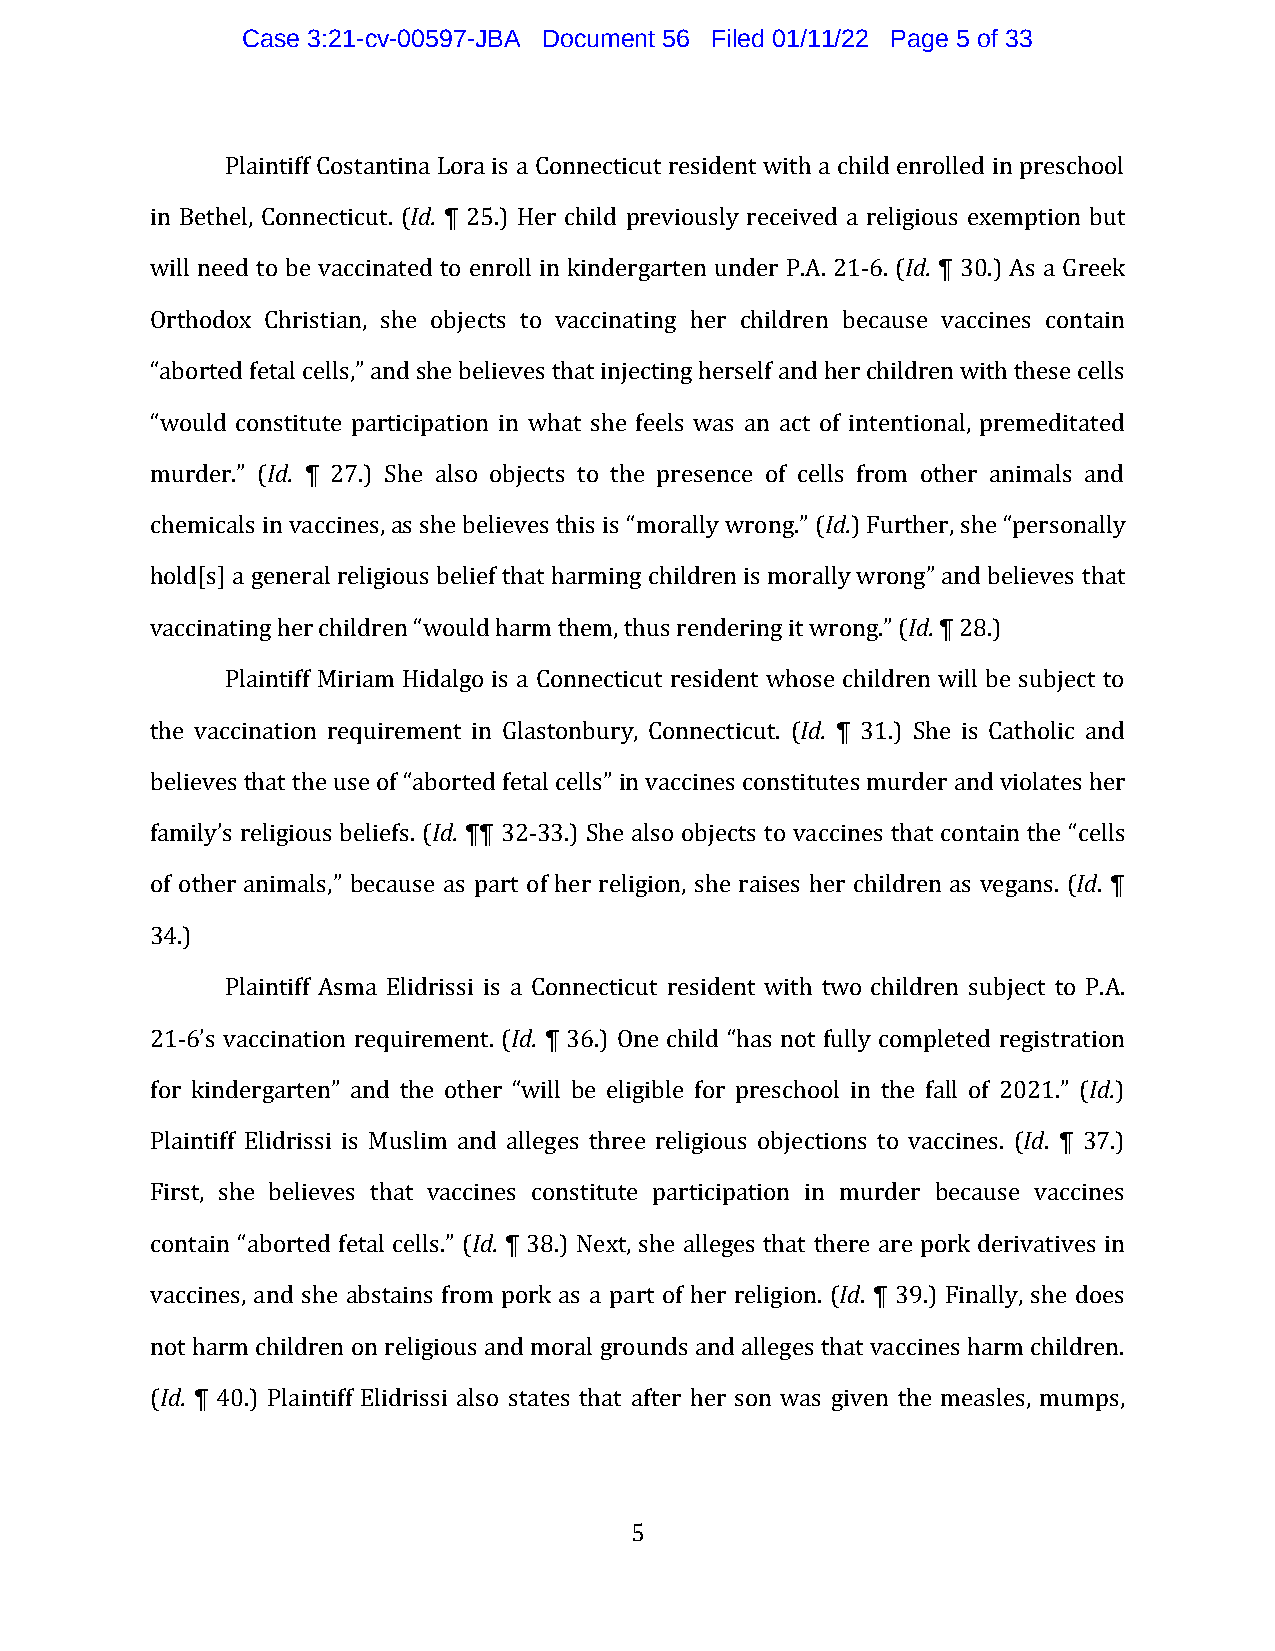
Case 3:21-cv-00597-JBA Document 56 Filed 01/11/22 Page 5 of 33
 Plaintiff Costantina Lora is a Connecticut resident with a child enrolled in preschool
 in Bethel, Connecticut. (Id. ¶ 25.) Her child previously received a religious exemption but
 will need to be vaccinated to enroll in kindergarten under P.A. 21-6. (Id. ¶ 30.) As a Greek
 Orthodox Christian, she objects to vaccinating her children because vaccines contain
 “aborted fetal cells,” and she believes that injecting herself and her children with these cells
 “would constitute participation in what she feels was an act of intentional, premeditated
 murder.” (Id. ¶ 27.) She also objects to the presence of cells from other animals and
 chemicals in vaccines, as she believes this is “morally wrong.” (Id.) Further, she “personally
 hold[s] a general religious belief that harming children is morally wrong” and believes that
 vaccinating her children “would harm them, thus rendering it wrong.” (Id. ¶ 28.)
 Plaintiff Miriam Hidalgo is a Connecticut resident whose children will be subject to
 the vaccination requirement in Glastonbury, Connecticut. (Id. ¶ 31.) She is Catholic and
 believes that the use of “aborted fetal cells” in vaccines constitutes murder and violates her
 family’s religious beliefs. (Id. ¶¶ 32-33.) She also objects to vaccines that contain the “cells
 of other animals,” because as part of her religion, she raises her children as vegans. (Id. ¶
 34.)
 Plaintiff Asma Elidrissi is a Connecticut resident with two children subject to P.A.
 21-6’s vaccination requirement. (Id. ¶ 36.) One child “has not fully completed registration
 for kindergarten” and the other “will be eligible for preschool in the fall of 2021.” (Id.)
 Plaintiff Elidrissi is Muslim and alleges three religious objections to vaccines. (Id. ¶ 37.)
 First, she believes that vaccines constitute participation in murder because vaccines
 contain “aborted fetal cells.” (Id. ¶ 38.) Next, she alleges that there are pork derivatives in
 vaccines, and she abstains from pork as a part of her religion. (Id. ¶ 39.) Finally, she does
 not harm children on religious and moral grounds and alleges that vaccines harm children.
 (Id. ¶ 40.) Plaintiff Elidrissi also states that after her son was given the measles, mumps,
 5